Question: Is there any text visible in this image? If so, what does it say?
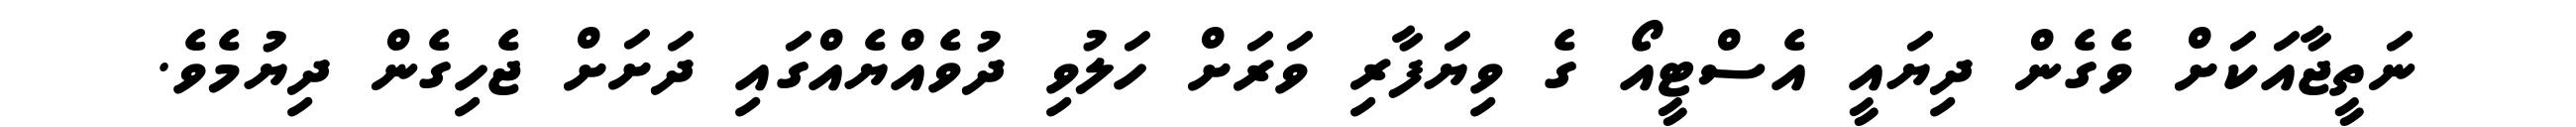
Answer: ނަތީޖާއަކަށް ވެގެން ދިޔައީ އެސްޓީއޯ ގެ ވިޔަފާރި ވަރަށް ހަލުވި ދުވެއްޔެއްގައި ދަށަށް ޖެހިގެން ދިޔުމެވެ.